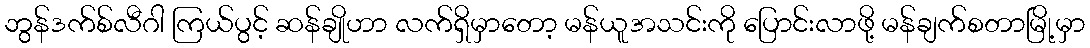
ဘွန်ဒက်စ်လီဂါ ကြယ်ပွင့် ဆန်ချိုဟာ လက်ရှိမှာတော့ မန်ယူအသင်းကို ပြောင်းလာဖို့ မန်ချက်စတာမြို့မှာ